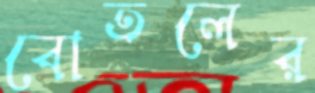
বোতলের